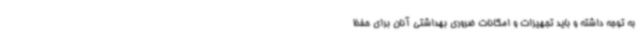
به توجه داشته و باید تجهیزات و امکانات ضروری بهداشتی آنان برای حفظ